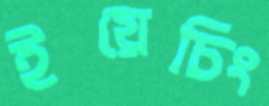
ইয়েচিং